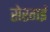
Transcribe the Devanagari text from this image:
सेरगई